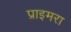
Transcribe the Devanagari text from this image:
प्राइमरा